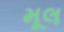
મૂલ